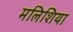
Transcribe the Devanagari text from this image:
मलिशिया